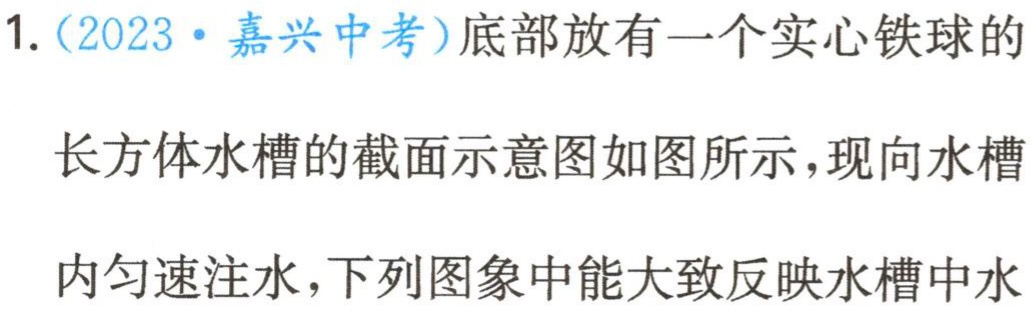
1.（2023·嘉兴中考）底部放有一个实心铁球的
长方体水槽的截面示意图如图所示，现向水槽
内匀速注水，下列图象中能大致反映水槽中水